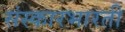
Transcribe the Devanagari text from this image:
संस्कारभारती